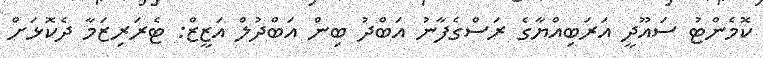
ކޮމެންޓު ސައޫދީ އަރަބިއްޔާގެ ރަސްގެފާނު އަބްދު ބިން އަބްދުލް އަޒީޒް: ޓެރަރިޒަމާ ދެކޮޅަށް